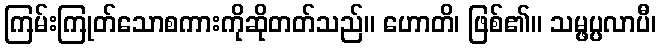
ကြမ်းကြုတ်သောစကားကိုဆိုတတ်သည်။ ဟောတိ၊ ဖြစ်၏။ သမ္ဖပ္ပလာပီ၊